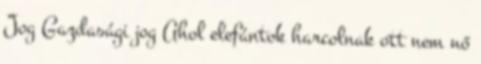
Jog Gazdasági jog Ahol elefántok harcolnak ott nem nő